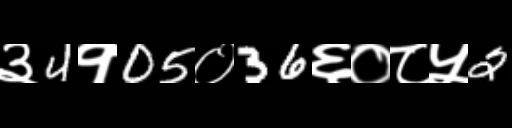
Text: ३4१05०36६०८५2